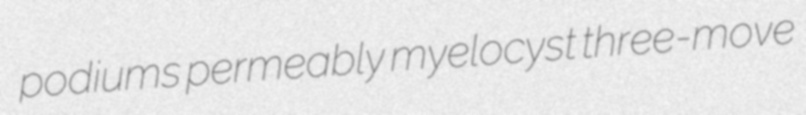
podiums permeably myelocyst three-move